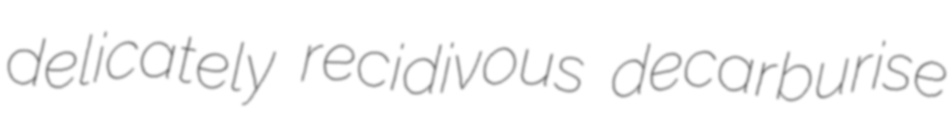
delicately recidivous decarburise